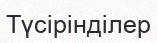
Түсірінділер